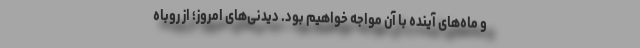
و ماه‌های آینده با آن مواجه خواهیم بود. دیدنی‌های امروز؛ از روباه